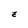
Character: z